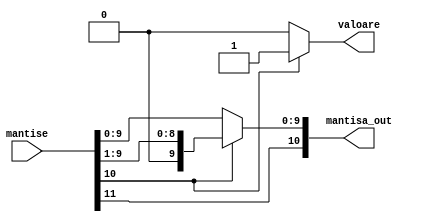
`timescale 1ns / 1ps
//////////////////////////////////////////////////////////////////////////////////
// Company: 
// Engineer: 
// 
// Design Name: 
// Module Name: Normalizare
// Project Name: 
// Target Devices: 
// Tool Versions: 
// Description: 
// 
// Dependencies: 
// 
// Revision:
// Revision 0.01 - File Created
// Additional Comments:
// 
//////////////////////////////////////////////////////////////////////////////////


module Normalizare (mantise, valoare, mantisa_out);
	
	input wire [11:0] mantise;
	output reg valoare;
	output reg [10:0] mantisa_out;
	reg [9:0] mantisa;
	reg depasire;
	reg semn;
	
    always @ (mantise)
        begin
            semn = mantise[11];
            depasire = mantise[10];
            mantisa = mantise[9:0];
            
            valoare = 1'b0;
            
            if(depasire == 1'b1)
                begin
                    mantisa_out[9:0] = mantisa >> 1'b1;
                    valoare = 1'b1;
                end
            else
                begin
                    mantisa_out = mantisa;
                end
                
            mantisa_out[10] = semn;
             
            
            
            
            //diferenta = 9'b0;
            
//            if (mantisa[25] != 0)
//            repeat(24)
//                begin
                
//                    if (mantisa[23] == 1'b0)
//                        begin
                        
//                            mantisa = mantisa << 1'b1;
//                            diferenta[7:0] = diferenta[7:0] + 1'b1;
                        
//                        end
                
//                end
                
//            mantisa_out[22:0] = mantisa[22:0];
//            mantisa_out[23] = semn;
            //valoarea2 = diferenta;
        
        end
		
endmodule